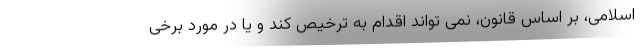
اسلامی، بر اساس قانون، نمی تواند اقدام به ترخیص کند و یا در مورد برخی